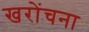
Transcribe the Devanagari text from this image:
खरोंचना